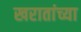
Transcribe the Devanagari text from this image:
खरातांच्या